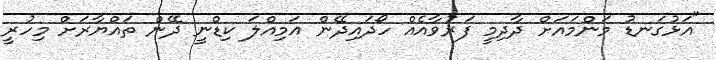
"އަޅުގަނޑު މަންމައަށް ދާދިމީ ފަރުވާއެއް ހޯދައިދޭން އަމިއްލަ ކިޑްނީ ދޭން ތައްޔާރަށް މިހުރީ